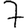
Digit: 7